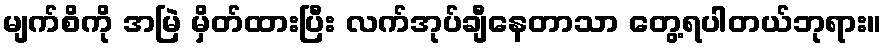
မျက်စိကို အမြဲ မှိတ်ထားပြီး လက်အုပ်ချီနေတာသာ တွေ့ရပါတယ်ဘုရား။